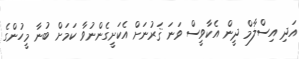
އަދި އިސްލާމް ދީން އެކާވީސް ވަނަ ޤަރުނަށް އެކަށީގެންނުވާ ކަމަށް ބުނާ މީހުންގެ